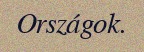
Országok.